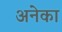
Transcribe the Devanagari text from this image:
अनेका